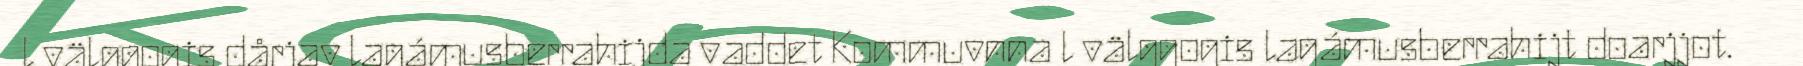
l välggogis dårjav lagámusberrahijda vaddet Kommuvnna l välggogis lagámusberrahijt doarjjot.